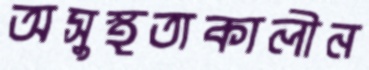
অসুস্থতাকালীন